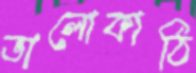
ভালোকাঠি